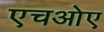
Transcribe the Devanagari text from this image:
एचओए